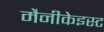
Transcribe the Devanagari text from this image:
मैनीकेइस्ट